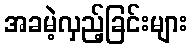
အခမဲ့လှည့်ခြင်းများ